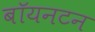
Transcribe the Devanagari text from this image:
बॉयनटन